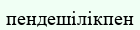
пендешілікпен